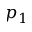
p _ { 1 }